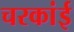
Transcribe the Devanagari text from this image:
चरकांई